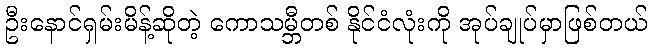
ဦးနောင်ရှမ်းမိန့်ဆိုတဲ့ ကောသမ္ဘီတစ် နိုင်ငံလုံးကို အုပ်ချုပ်မှာဖြစ်တယ်